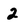
Character: 2